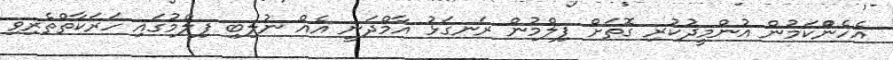
އެހެންްކަމުން އުންމީދުކުރި ގޮތަށް ފިލްމުން ރަނގަޅު އާމްދަނީ އެއް ނުލިބި ފިލްމުގައި ހަރަކާތްތެރިވި